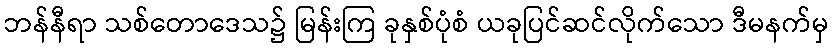
ဘန်နီရာ သစ်တောဒေသ၌ မြန်းကြ ခုနှစ်ပုံစံ ယခုပြင်ဆင်လိုက်သော ဒီမနက်မှ